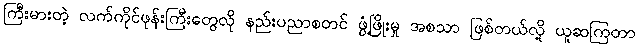
ကြီးမားတဲ့ လက်ကိုင်ဖုန်းကြီးတွေလို နည်းပညာစတင် ဖွံ့ဖြိုးမှု အစသာ ဖြစ်တယ်လို့ ယူဆကြတာ